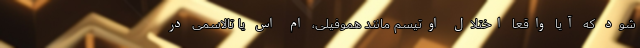
شود که آیا واقعا اختلال اوتیسم مانند هموفیلی، ام اس یا تالاسمی در